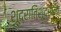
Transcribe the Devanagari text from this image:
शूद्रातिशूद्रांना